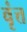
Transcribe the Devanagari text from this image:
वृंत्त